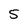
Character: 5